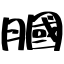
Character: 膕